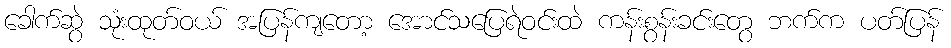
ခေါက်ဆွဲ သုံးထုတ်ဝယ် အပြန်ကျတော့ အောင်သပြေရဲဝင်းထဲ ကန်းစွန်းခင်းတွေ ဘက်က ပတ်ပြန်